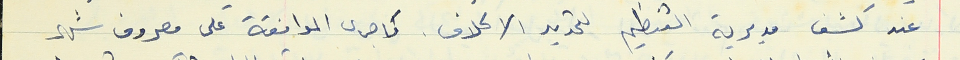
عند كشف مديرية التنظيم لتحديد الاكلاف. كما جرى الموافقة على مصروف شهر